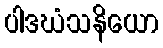
ပါဒဃံသနိယော